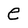
Character: e